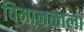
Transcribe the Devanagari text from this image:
विमानळाला